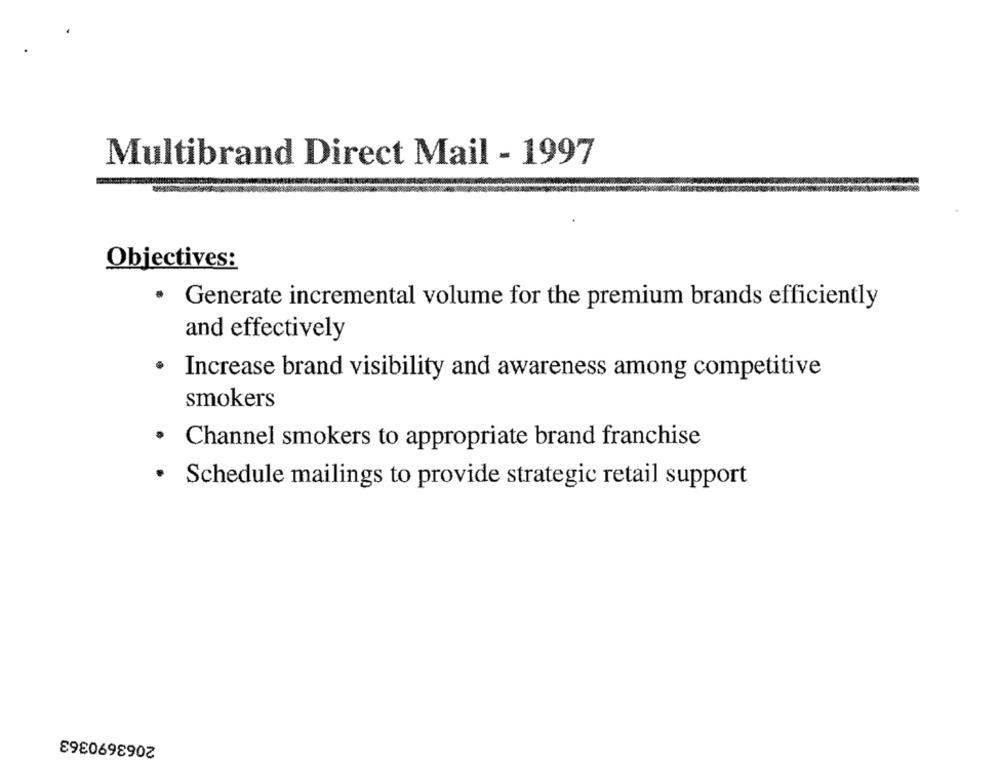
Multibrand Direct Mail - 1997
Objectives:
Generate incremental volume for the premium brands efficiently
and effectively
Increase brand visibility and awareness among competitive
smokers
· Channel smokers to appropriate brand franchise
· Schedule mailings to provide strategic retail support
2063690363